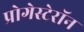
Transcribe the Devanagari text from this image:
प्रोगेस्टेरॉन